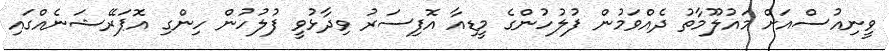
ވީނިއުސްއަށް މައުލޫމާތު ދެއްވަމުން ފުލުހުންގެ މީޑިއާ އޮފިސަރު ވިދާޅުވީ ފުލުހުން ހިންގި އޮޕަރޭޝަނެއްގައި